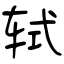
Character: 轼